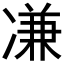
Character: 𠗳